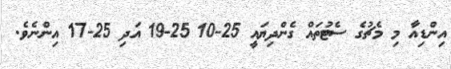
އިންޑިއާ މި މެޗުގެ ސެޓުތައް ގެންދިޔައީ 25-10 25-19 އަދި 25-17 އިންނެވެ.